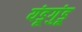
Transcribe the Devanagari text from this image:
यंडूगुंडू